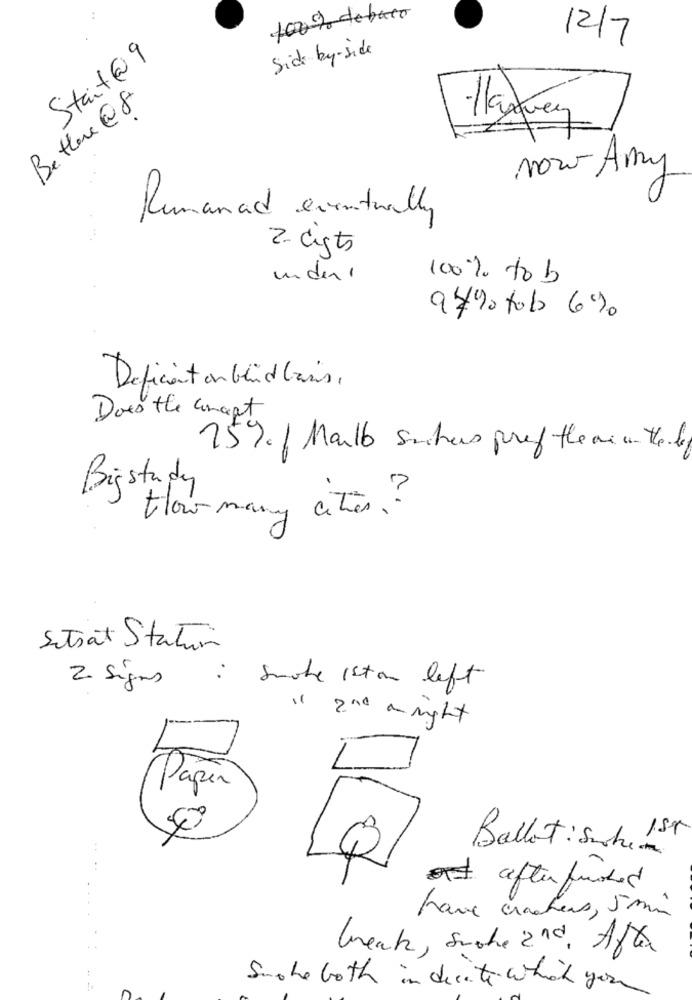
100% debato
12/7
Side by-side
Start@9
Bettere @8
Now Any
Remanad eventually
2. dists
under ,
100% to b
9490 to b 6%
Deficient en blid basis ,
Does the concept
25% | Malb saches pref the aim the ly
Bijstudy
How many cites ?
Satsat Statur
2 Signes
:
smoke iston left
"
2nd a night
Paper
Ballot : Suche 150
out after finished
have craches, 5 min
break, Suche and, After
Smoke both indicate which you